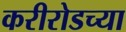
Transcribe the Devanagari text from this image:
करीरोडच्या